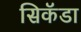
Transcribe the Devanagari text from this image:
सिकॅडा